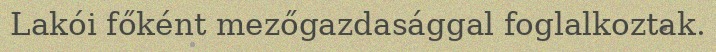
Lakói főként mezőgazdasággal foglalkoztak.